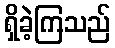
ရှိခဲ့ကြသည်